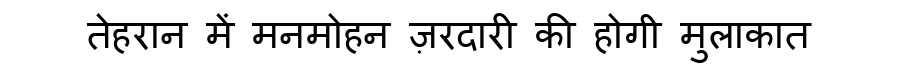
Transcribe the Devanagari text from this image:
तेहरान में मनमोहन ज़रदारी की होगी मुलाकात